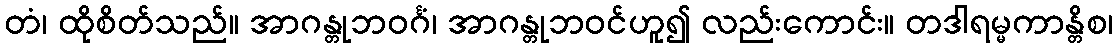
တံ၊ ထိုစိတ်သည်။ အာဂန္တုဘဝင်္ဂံ၊ အာဂန္တုဘဝင်ဟူ၍ လည်းကောင်း။ တဒါရမ္မကာန္တိစ၊